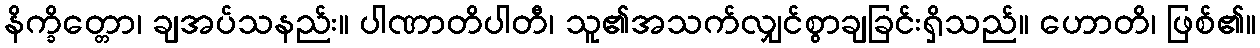
နိက္ခိတ္တော၊ ချအပ်သနည်း။ ပါဏာတိပါတီ၊ သူ၏အသက်လျှင်စွာချခြင်းရှိသည်။ ဟောတိ၊ ဖြစ်၏။